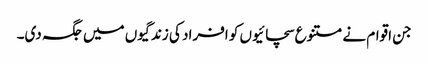
جن اقوام نے متنوع سچائیوں کو افراد کی زندگیوں میں جگہ دی۔